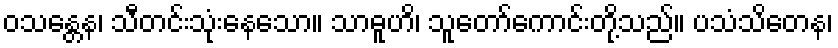
ဝသန္တေန၊ သီတင်းသုံးနေသော။ သာဓူဟိ၊ သူတော်ကောင်းတို့သည်။ ပသံသိတေန၊